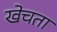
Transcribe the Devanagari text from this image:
खेचता